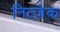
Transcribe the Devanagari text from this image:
नित्ज़ेक